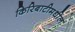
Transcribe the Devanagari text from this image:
किरिबाटीमधील